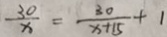
\frac { 3 0 } { x } = \frac { 3 0 } { x + 1 5 } + 1